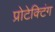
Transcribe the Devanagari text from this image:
प्रोटेक्टिंग